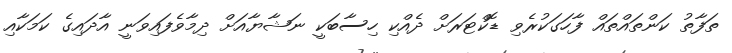
ތަފާތު ކަންތައްތައް ފާހަގަކުރެވި ޑޮކްޓަރަށް ދެއްކި ހިސާބަކީ ނަޝާޔާއަށް ދިމާވެފައިވަނީ އާދައިގެ ކަމަކާއި